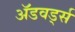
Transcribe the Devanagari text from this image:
ॲडवर्ड्स